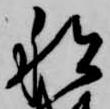
船